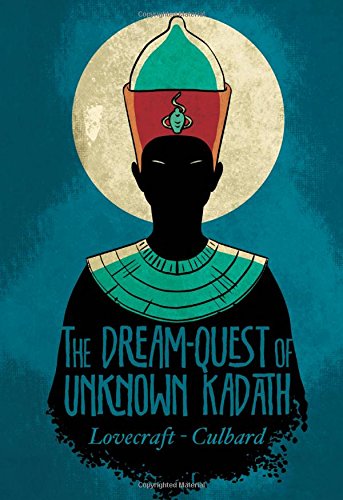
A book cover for The Dream-Quest of Unknown Kadath; H. P. Lovecraft; Comics & Graphic Novels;